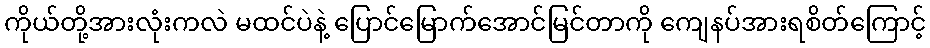
ကိုယ်တို့အားလုံးကလဲ မထင်ပဲနဲ့ ပြောင်မြောက်အောင်မြင်တာကို ကျေနပ်အားရစိတ်ကြောင့်